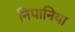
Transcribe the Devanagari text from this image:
निपानिया